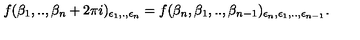
f ( \beta _ { 1 } , . . , \beta _ { n } + 2 \pi i ) _ { \epsilon _ { 1 } , . , \epsilon _ { n } } = f ( \beta _ { n } , \beta _ { 1 } , . . , \beta _ { n - 1 } ) _ { \epsilon _ { n } , \epsilon _ { 1 } , . . , \epsilon _ { n - 1 } } .